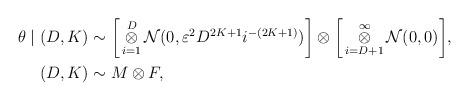
LaTeX: \begin{align*}\theta \mid (D, K) &\sim \bigg{[}\mathop{\otimes}_{i=1}^{D}\mathcal{N}(0,\varepsilon^{2}D^{2K+1} i^{-(2K+1)} )\bigg{]}\otimes\bigg{[}\mathop{\otimes}_{i=D+1}^{\infty}\mathcal{N}(0,0)\bigg{]}, \\(D,K) & \sim M \otimes F,\end{align*}